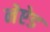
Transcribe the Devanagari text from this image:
नेऐड